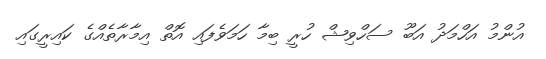
އުންމު އަހްމަދު އަބޫ ސަހްވިޝް ހުރީ ބިމާ ހަމަވެފައި އޮތް އިމާރާތެއްގެ ކައިރީގައި